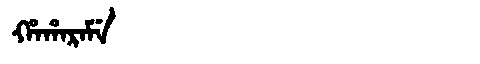
Manchu: ᡥᠠᡥᠠᡵᠠᠮᡝ
Romanization: HAHARAME